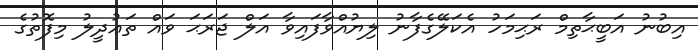
އިބުނު އަބީޙާތިމް ރަޙިމަހު އެކަލޭގެފާނު ލިޔުއްވާފައިވާ އަލް ޖަރަޙަ ވައް ތަޢުދީލު މިފޮތުގެ